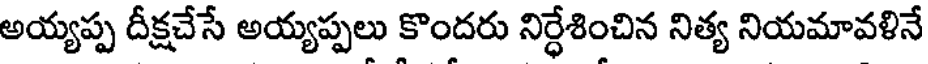
అయ్యప్ప దీక్షచేసే అయ్యప్పలు కొందరు నిర్ధేశించిన నిత్య నియమావళినే